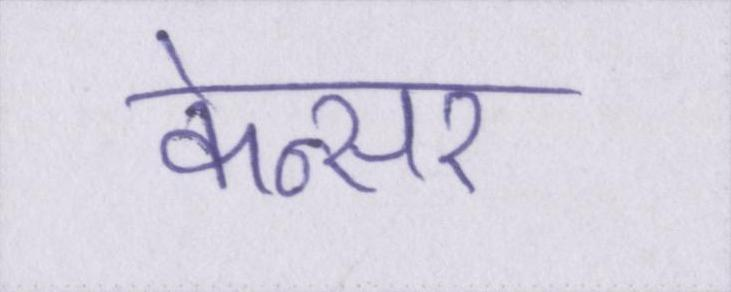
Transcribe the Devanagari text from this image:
केन्सर